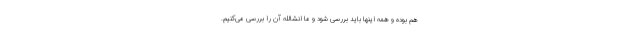
هم بوده و همه اینها باید بررسی شود و ما انشالله آن را بررسی می‌کنیم.